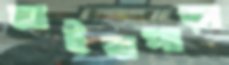
মাইঝপাড়া